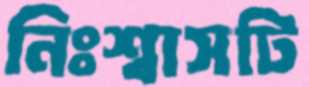
নিঃশ্বাসটি